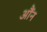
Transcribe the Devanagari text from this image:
औंन